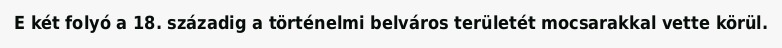
E két folyó a 18. századig a történelmi belváros területét mocsarakkal vette körül.